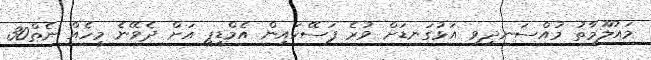
މައުލޫމާތު މުއްސަނދިވި އަޅުގަނޑަށް ވުރެ ފަސޭހައިން އެމްޑީޕީ އަށް ދެވޭނެ މީހެއް ނެތް30